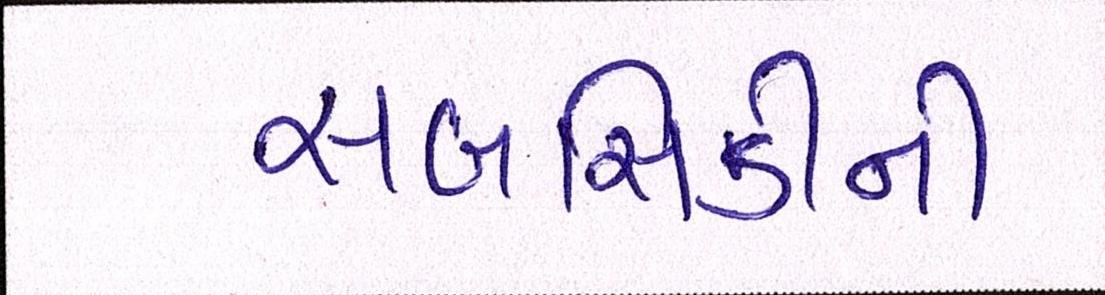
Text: સબસિડીની